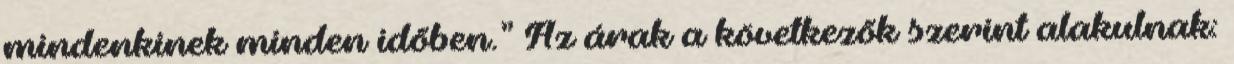
mindenkinek minden idõben.” Az árak a következõk szerint alakulnak: